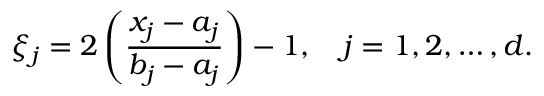
\xi _ { j } = 2 \left( \frac { x _ { j } - a _ { j } } { b _ { j } - a _ { j } } \right) - 1 , \quad j = 1 , 2 , \ldots , d .